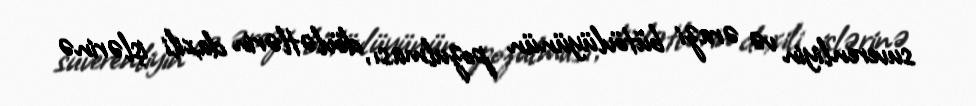
suverenliyin və ərazi bütövlüyünün pozulması, dövlətlərin daxili işlərinə